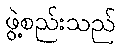
ဖွဲ့စည်းသည်